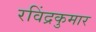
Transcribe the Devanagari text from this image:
रविंद्रकुमार